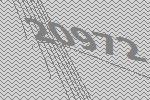
20972